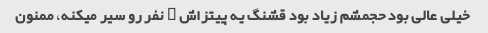
خیلی عالی بود حجمشم زیاد بود قشنگ یه پیتزاش ۲ نفر رو سیر میکنه، ممنون